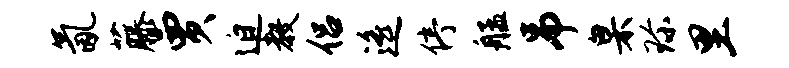
氤藤贾迫教侣遥停艋吊臬珍里